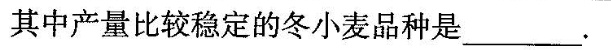
其中产量比较稳定的冬小麦品种是___.